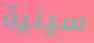
سينية